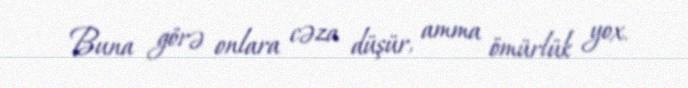
Buna görə onlara cəza düşür, amma ömürlük yox.